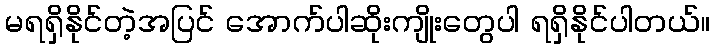
မရရှိနိုင်တဲ့အပြင် အောက်ပါဆိုးကျိုးတွေပါ ရရှိနိုင်ပါတယ်။